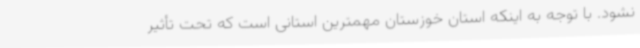
نشود. با توجه به اینکه استان خوزستان مهمترین استانی است که تحت تأثیر